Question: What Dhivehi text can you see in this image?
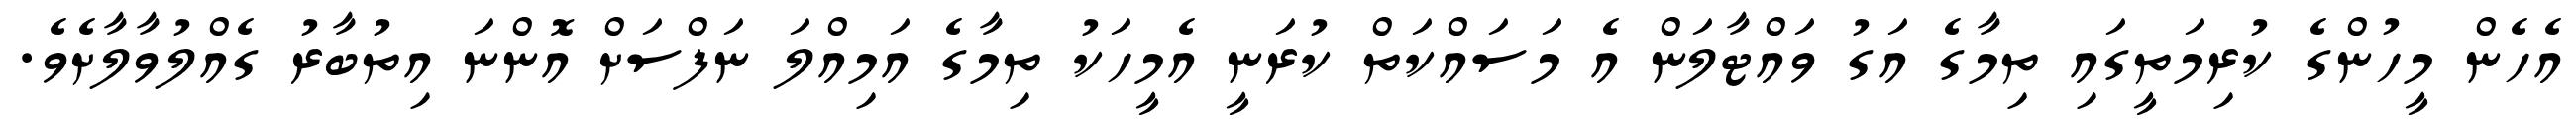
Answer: އެހެން މީހުންގެ ކުރިމަތީގައި ތިމާގެ އަގު ވައްޓާލަން އެ މަސައްކަތް ކުރަނީ އެމީހަކު ތިމާގެ އަމިއްލަ ނަފްސަށް އޮންނަ އިތުބާރު ގެއްލުވާލާށެވެ.